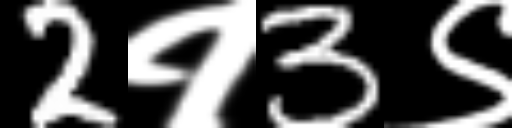
Text: 2१3९